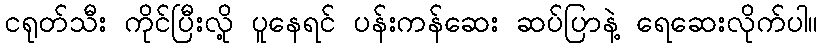
ငရုတ်သီး ကိုင်ပြီးလို့ ပူနေရင် ပန်းကန်ဆေး ဆပ်ပြာနဲ့ ရေဆေးလိုက်ပါ။